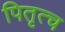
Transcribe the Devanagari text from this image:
पितृत्च